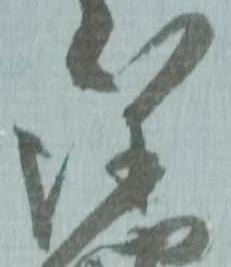
弥